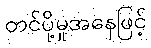
တင်ပို့မှုအနေဖြင့်